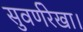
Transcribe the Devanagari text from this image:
सुवर्णरेखा।